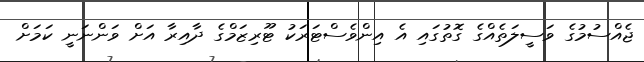
ޖެއްސުމުގެ ވަސީލަތެއްގެ ގޮތުގައި އެ އިންވެސްޓަރަކު ޓޫރިޒަމްގެ ދާއިރާ އަށް ވަންނަނީ ކަމަށް